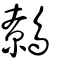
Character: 鷯